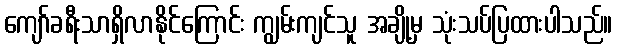
ကျော်ခရီးသာရှိလာနိုင်ကြောင်း ကျွမ်းကျင်သူ အချို့မှ သုံးသပ်ပြထားပါသည်။